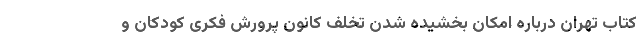
کتاب تهران درباره امکان بخشیده شدن تخلف کانون پرورش فکری کودکان و